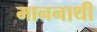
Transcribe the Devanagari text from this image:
माननाथी